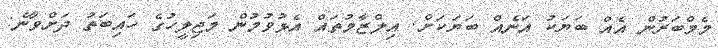
މެމްބަރުން އެއް ބަޔަކު އަނެއް ބަޔަކަށް